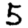
Digit: 5